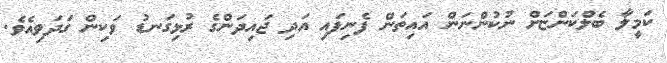
ކަމީލާ ބެލްކަންޏަށް ނުކުންނަން އައިތަން ފެނިފައި އަދި ޖައިދަންގެ ރުޅިގަނޑު ވަކިން ގަދަވިއެވެ.